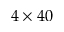
4 \times 4 0